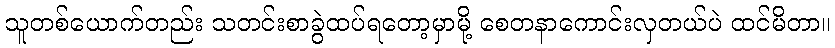
သူတစ်ယောက်တည်း သတင်းစာခွဲထပ်ရတော့မှာမို့ စေတနာကောင်းလှတယ်ပဲ ထင်မိတာ။